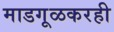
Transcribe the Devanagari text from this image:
माडगूळकरही